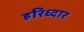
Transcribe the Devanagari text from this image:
हरिध्दार